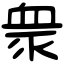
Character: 衆